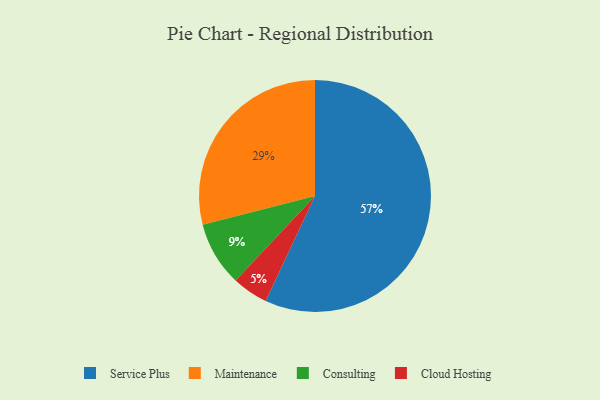
{"axis": {"x": "Category", "y": "Percentage"}, "legend": ["Cloud Hosting", "Consulting", "Maintenance", "Service Plus"], "data": [{"x": "Service Plus", "y": 57, "type": "Service Plus"}, {"x": "Consulting", "y": 9, "type": "Consulting"}, {"x": "Maintenance", "y": 29, "type": "Maintenance"}, {"x": "Cloud Hosting", "y": 5, "type": "Cloud Hosting"}]}